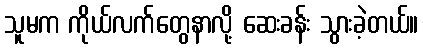
သူမက ကိုယ်လက်တွေနာလို့ ဆေးခန်း သွားခဲ့တယ်။